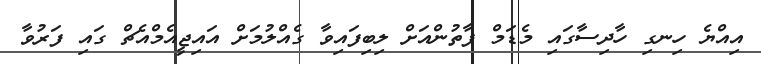
އިއްޔެ ހިނގި ހާދިސާގައި މެޑަމް ފާތުންއަށް ލިބިފައިވާ ގެއްލުމަށް އައިޖީއެމްއެޗް ގައި ފަރުވާ